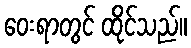
ဝေးရာတွင် ထိုင်သည်။